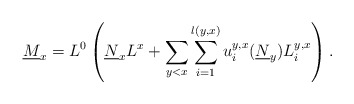
\begin{align*}\underline{M}_{x}=L^{0} \left( \underline{N}_{x}L^{x}+\sum _{y<x}\sum _{i=1}^{l(y,x)}u_{i}^{y,x}(\underline{N}_{y})L_i^{y,x} \right).\end{align*}